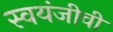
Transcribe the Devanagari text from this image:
स्वयंजीवी